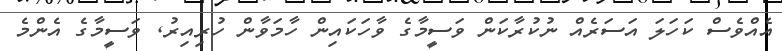
އެއްވެސް ކަހަލަ އަސަރެއް ނުކުރާކަން ވަސީމާގެ ވާހަކައިން ހާމަވާން ހުރިއިރު